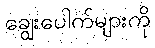
ချွေးပေါက်များကို